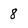
Character: 8